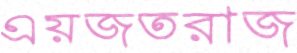
এয়জতরাজ